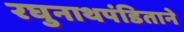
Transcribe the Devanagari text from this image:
रघुनाथपंडिताने